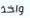
واخذ